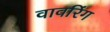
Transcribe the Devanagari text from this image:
वावरिंग